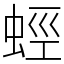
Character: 蛵